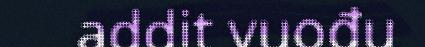
addit vuođu